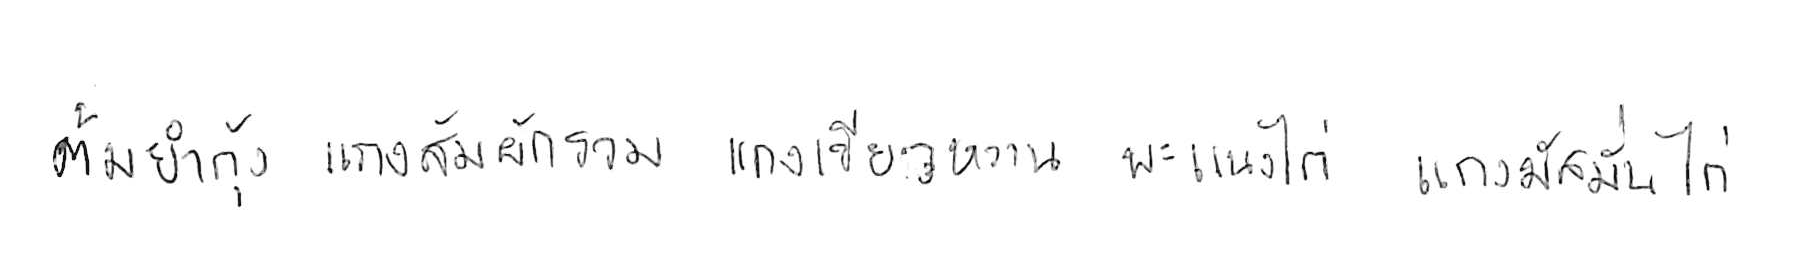
ต้มยำกุ้ง แกงส้มผักรวม แกงเขียวหวาน พะแนงไก่ แกงมัสมั่นไก่